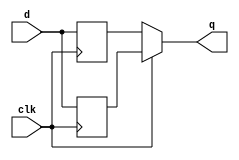
module top_module (
    input clk,
    input d,
    output q
);
    reg s_p, s_n;
    always @(posedge clk)  begin
        s_p <= d;
    end
    
    always @(negedge clk)  begin
       s_n <= d;
    end

    assign q = clk? s_p:s_n; 
endmodule